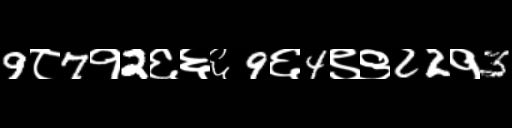
Text: 9८7१2६६६9६4९९22१3